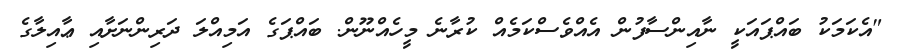
"އެކަމަކު ބައްޕައަކީ ނާއިންސާފުން އެއްވެސްކަމެއް ކުރާނެ މީހެއްނޫން. ބައްޕަގެ އަމިއްލަ ދަރިންނަށާއި ޢާއިލާގެ